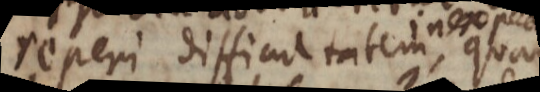
reperi difficultatem , quam